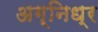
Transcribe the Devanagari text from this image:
अग्निध्र